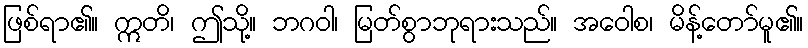
ဖြစ်ရာ၏။ ဣတိ၊ ဤသို့။ ဘဂဝါ၊ မြတ်စွာဘုရားသည်။ အဝေါစ၊ မိန့်တော်မူ၏။